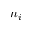
n _ { i }